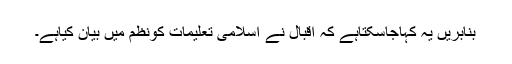
بنابریں یہ کہاجاسکتاہے کہ اقبال نے اسلامی تعلیمات کونظم میں بیان کیاہے۔